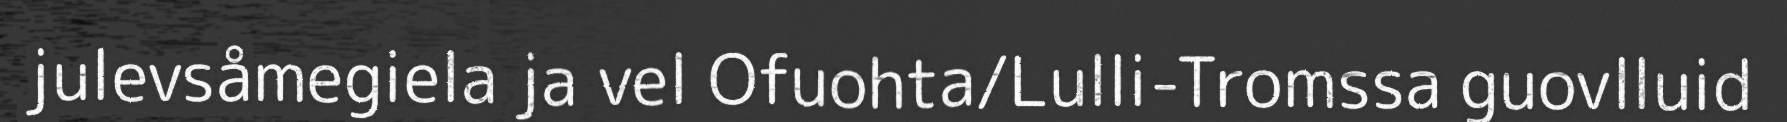
julevsåmegiela ja vel Ofuohta/Lulli-Tromssa guovlluid